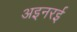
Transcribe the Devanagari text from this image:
अइनरई